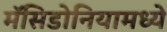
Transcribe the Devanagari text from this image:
मॅसिडोनियामध्ये